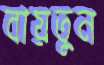
বায়তুন